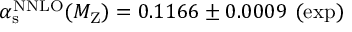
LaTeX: \alpha _ { \mathrm { s } } ^ { \mathrm { N N L O } } ( M _ { \mathrm { Z } } ) = 0 . 1 1 6 6 \pm 0 . 0 0 0 9 ~ ( \mathrm { e x p ) }